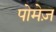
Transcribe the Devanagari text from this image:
पोमेज़